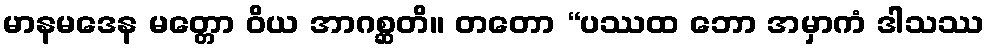
မာနမဒေန မတ္တော ဝိယ အာဂစ္ဆတိ။ တတော “ပဿထ ဘော အမှာကံ ဒါသဿ